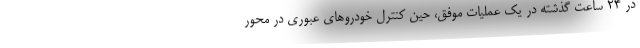
در ۲۴ ساعت گذشته در یک عملیات موفق، حین کنترل خودروهای عبوری در محور